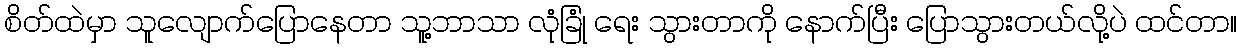
စိတ်ထဲမှာ သူလျောက်ပြောနေတာ သူ့ဘာသာ လုံခြုံ ရေး သွားတာကို နောက်ပြီး ပြောသွားတယ်လို့ပဲ ထင်တာ။